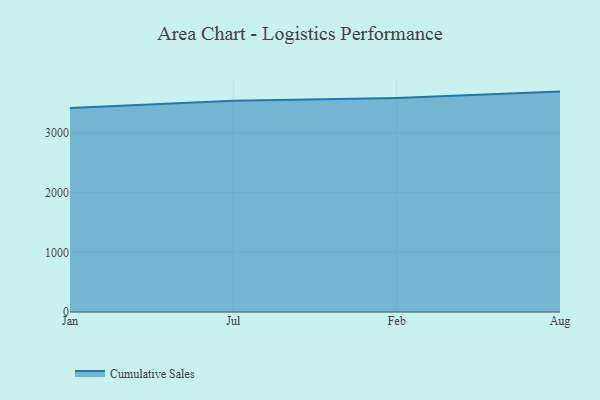
{"axis": {"x": "Month", "y": "Humidity (%)"}, "legend": ["Cumulative Sales"], "data": [{"x": "Jan", "y": 3423.9, "type": "Cumulative Sales"}, {"x": "Jul", "y": 3543.7, "type": "Cumulative Sales"}, {"x": "Feb", "y": 3590.9, "type": "Cumulative Sales"}, {"x": "Aug", "y": 3697.0, "type": "Cumulative Sales"}]}